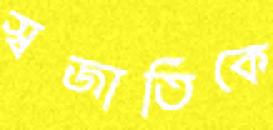
স্বজাতিকে